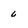
Character: 6